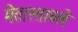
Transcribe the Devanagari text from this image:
मेतास्ताब्ले